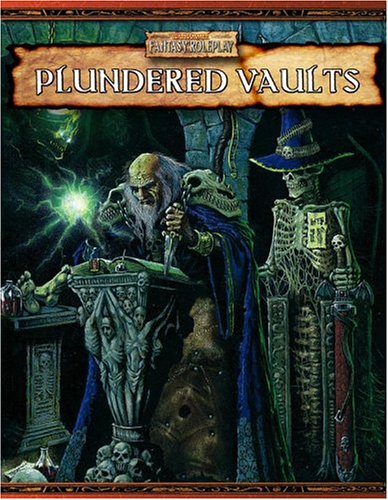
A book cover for Plundered Vaults (Warhammer Fantasy Roleplay); Green Ronin; Science Fiction & Fantasy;